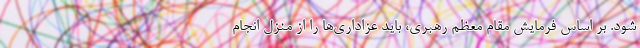
شود. بر اساس فرمایش مقام معظم رهبری، باید عزاداری‌ها را از منزل انجام